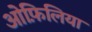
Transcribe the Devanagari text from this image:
ओफ़िलिया